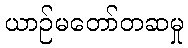
ယာဉ်မတော်တဆမှု